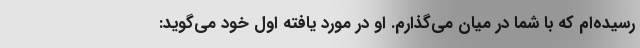
رسیده‌ام که با شما در میان می‌گذارم. او در مورد یافته اول خود می‌گوید: